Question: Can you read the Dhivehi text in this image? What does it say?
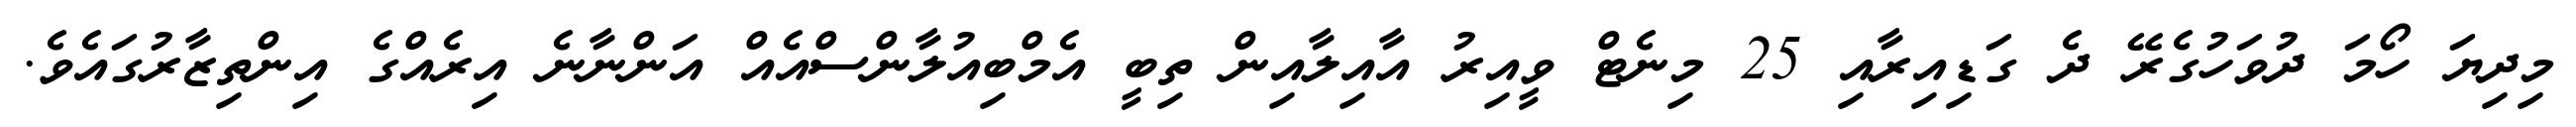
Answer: މިދިޔަ ހޯމަ ދުވަހުގެރޭ ދެ ގަޑިއިރާއި 25 މިނެޓް ވީއިރު އާއިލާއިން ތިބީ އެމްބިއުލާންސްއެއް އަންނާނެ އިރެއްގެ އިންތިޒާރުގައެވެ.